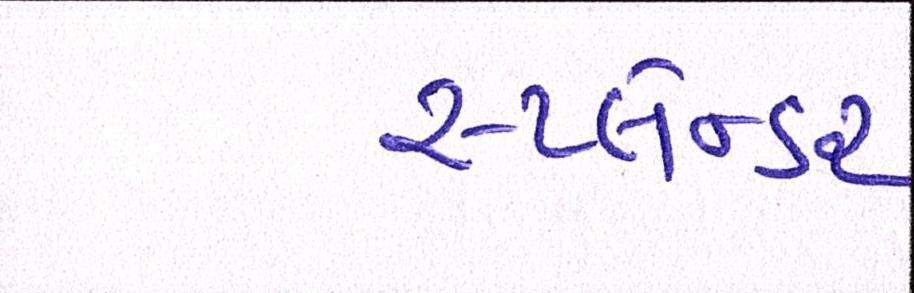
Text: સ્પ્લેન્ડર